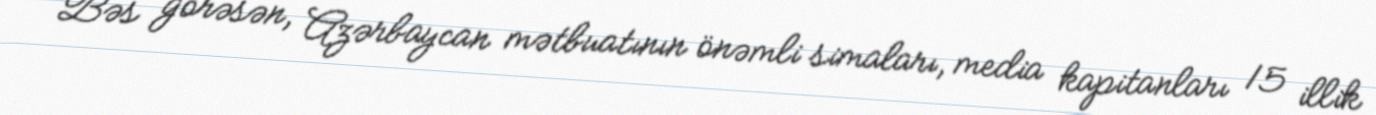
Bəs görəsən, Azərbaycan mətbuatının önəmli simaları, media kapitanları 15 illik